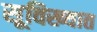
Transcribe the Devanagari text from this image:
सूविख्यात